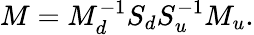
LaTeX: M=M_{d}^{-1}S_{d}S_{u}^{-1}M_{u}.